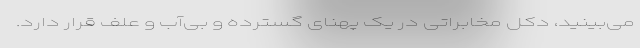
می‌بینید، دکل مخابراتی در یک پهنای گسترده و بی‌آب و علف قرار دارد.